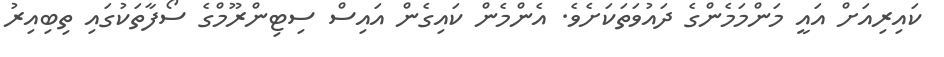
ކައިރިއަށް އައީ މަންމަމެންގެ ދައުވަތަކަށެވެ. އެންމެން ކައިގެން އައިސް ސިޓިންރޫމްގެ ސޯފާތަކުގައި ތިބިއިރު